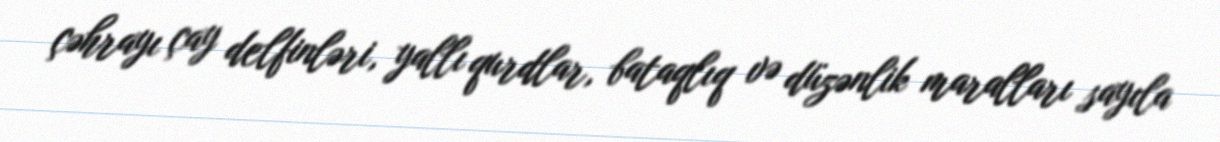
çəhrayı çay delfinləri, yallı qurdlar, bataqlıq və düzənlik maralları sayıla